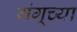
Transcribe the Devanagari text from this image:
गंगूच्या